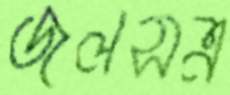
জলসত্র